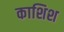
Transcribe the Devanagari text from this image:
काशिश